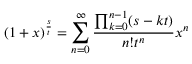
( 1 + x ) ^ { \frac { s } { t } } = \sum _ { n = 0 } ^ { \infty } { \frac { \prod _ { k = 0 } ^ { n - 1 } ( s - k t ) } { n ! t ^ { n } } } x ^ { n }